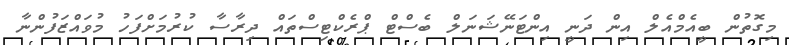
މިގޮތުން ބީއެމްއެލް އިން ދަނީ އިންޓަނޭޝަނަލް ބެސްޓް ޕްރެކްޓިސްތައް ދިރާސާ ކުރުމަށްފަހު މުވައްޒަފުންނާ